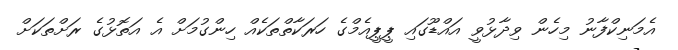
އެމަނިކްފާނު މިހެން ވިދާޅުވީ އައްޑޫގައި ޕީޕީއެމްގެ ހަރަކާތްތަކެއް ހިންގުމަށް އެ އަތޮޅުގެ ރަށްތަކަށް